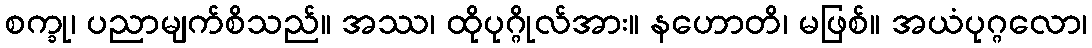
စက္ခု၊ ပညာမျက်စိသည်။ အဿ၊ ထိုပုဂ္ဂိုလ်အား။ နဟောတိ၊ မဖြစ်။ အယံပုဂ္ဂလော၊